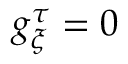
g _ { \xi } ^ { \tau } = 0